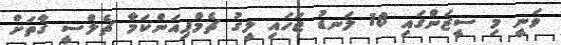
ވަނީ މި ސީޒަންގައި 18 ލަނޑު ޖަހައި ލީގު ޗެމްޕިއަންކަމާ ޗެލްސީ ގާތަށް